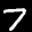
Label: 7